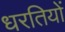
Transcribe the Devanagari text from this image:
धरतियों